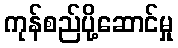
ကုန်စည်ပို့ဆောင်မှု